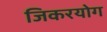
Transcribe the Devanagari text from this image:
जिकरयोग